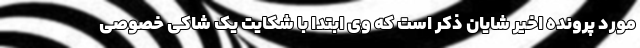
مورد پرونده اخیر شایان ذکر است که وی ابتدا با شکایت یک شاکی خصوصی